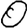
Digit: 0